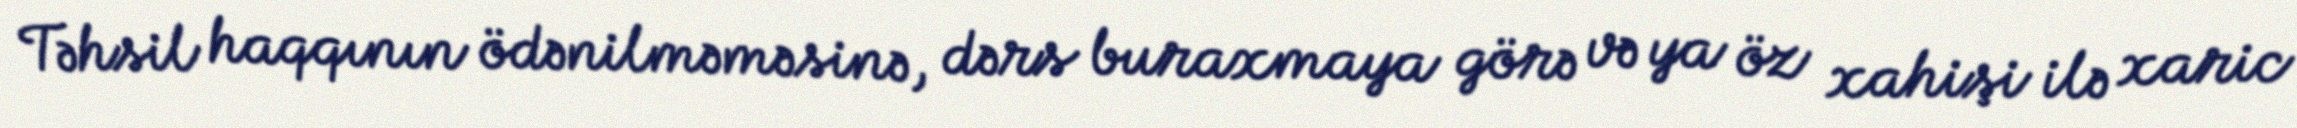
Təhsil haqqının ödənilməməsinə, dərs buraxmaya görə və ya öz xahişi ilə xaric